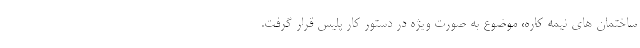
ساختمان های نیمه کاره، موضوع به صورت ویژه در دستور کار پلیس قرار گرفت.